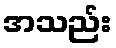
အသည်း